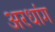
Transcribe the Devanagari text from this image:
अरधांग